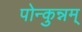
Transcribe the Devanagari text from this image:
पोन्कुन्नम्